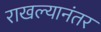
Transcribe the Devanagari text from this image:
राखल्यानंतर